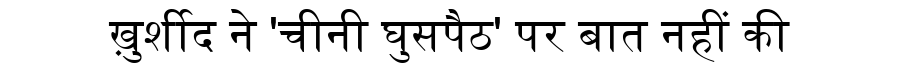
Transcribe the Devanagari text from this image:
ख़ुर्शीद ने 'चीनी घुसपैठ' पर बात नहीं की